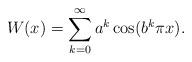
LaTeX: \begin{align*}W(x) = \sum_{k=0}^{\infty}a^k\cos(b^k\pi x).\end{align*}